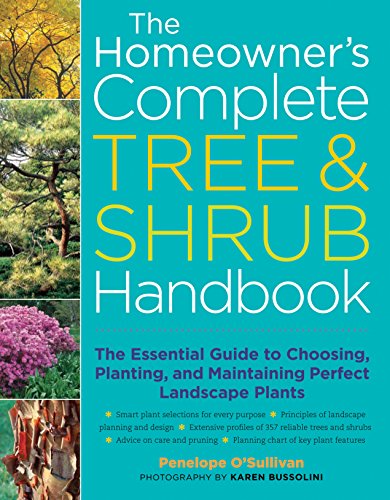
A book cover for The Homeowner's Complete Tree & Shrub Handbook: The Essential Guide to Choosing, Planting, and Maintaining Perfect Landscape Plants; Penelope O'Sullivan; Crafts, Hobbies & Home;